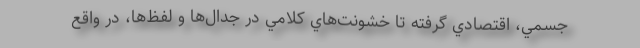
جسمي، اقتصادي گرفته تا خشونت‌هاي كلامي در جدال‌ها و لفظ‌ها، در واقع